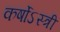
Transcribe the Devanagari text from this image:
कर्षोऽस्त्री